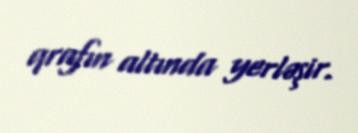
qrafın altında yerləşir.